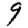
Digit: 9